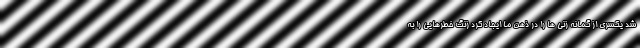
شد یکسری از گمانه زنی ها را در ذهن ما ایجاد کرد زنگ خطرهایی را به